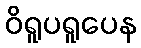
ဝိရူပရူပေန